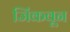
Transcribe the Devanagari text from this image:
जिंकवून